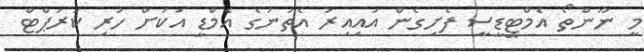
މީ ނޫންތޯ އެމްޓީޑީސީ ފެށިގެން އައިިއިރު އެތަނުގެ އެމްޑީ އަކަށް ހުރި ކަރަޕްޓް